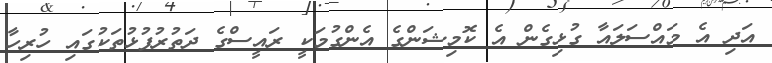
އަދި އެ މައްސަލައާ ގުޅިގެން އެ ކޮމިޝަންގެ އެންގުމަކީ ރައީސްގެ ދަތުރުފުޅުތަކުގައި ހުރިހާ